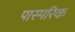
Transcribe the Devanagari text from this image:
पास्‍परिक